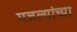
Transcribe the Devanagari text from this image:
मजल्यांच्या